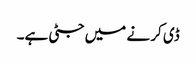
ڈی کر نے میں جٹی ہے۔